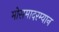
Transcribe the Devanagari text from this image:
मोसमादरम्यान